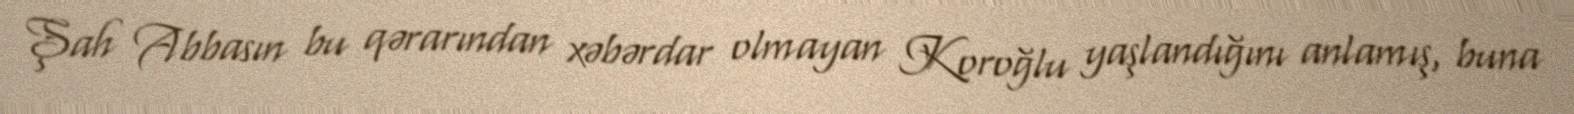
Şah Abbasın bu qərarından xəbərdar olmayan Koroğlu yaşlandığını anlamış, buna